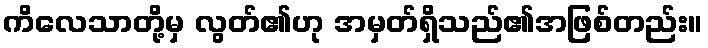
ကိလေသာတို့မှ လွတ်၏ဟု အမှတ်ရှိသည်၏အဖြစ်တည်း။